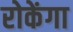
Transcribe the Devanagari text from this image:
रोकेंगा